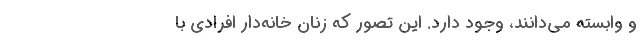
و وابسته می‌دانند، وجود دارد. این تصور که زنان خانه‌دار افرادی با